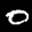
Label: 0